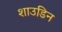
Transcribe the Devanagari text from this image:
शाउडिन